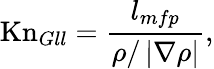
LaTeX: \mathrm{Kn}_{Gll}=\frac{l_{mfp}}{\rho/\left|\nabla\rho\right|},